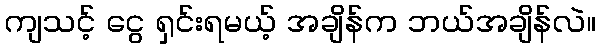
ကျသင့် ငွေ ရှင်းရမယ့် အချိန်က ဘယ်အချိန်လဲ။